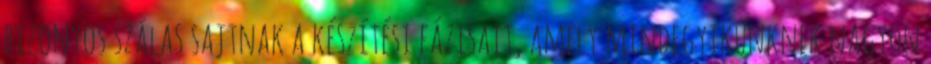
bizonyos szálas sajtnak a készítési fázisait, amely mindegyikünknek nagyon